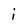
Character: i